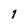
Character: 1